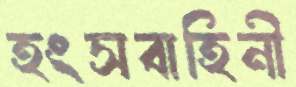
হংসবাহিনী